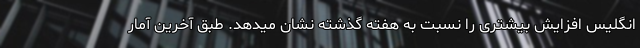
انگلیس افزایش بیشتری را نسبت به هفته گذشته نشان میدهد. طبق آخرین آمار